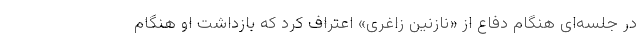
در جلسه‌ای هنگام دفاع از «نازنین زاغری» اعتراف کرد که بازداشت او هنگام